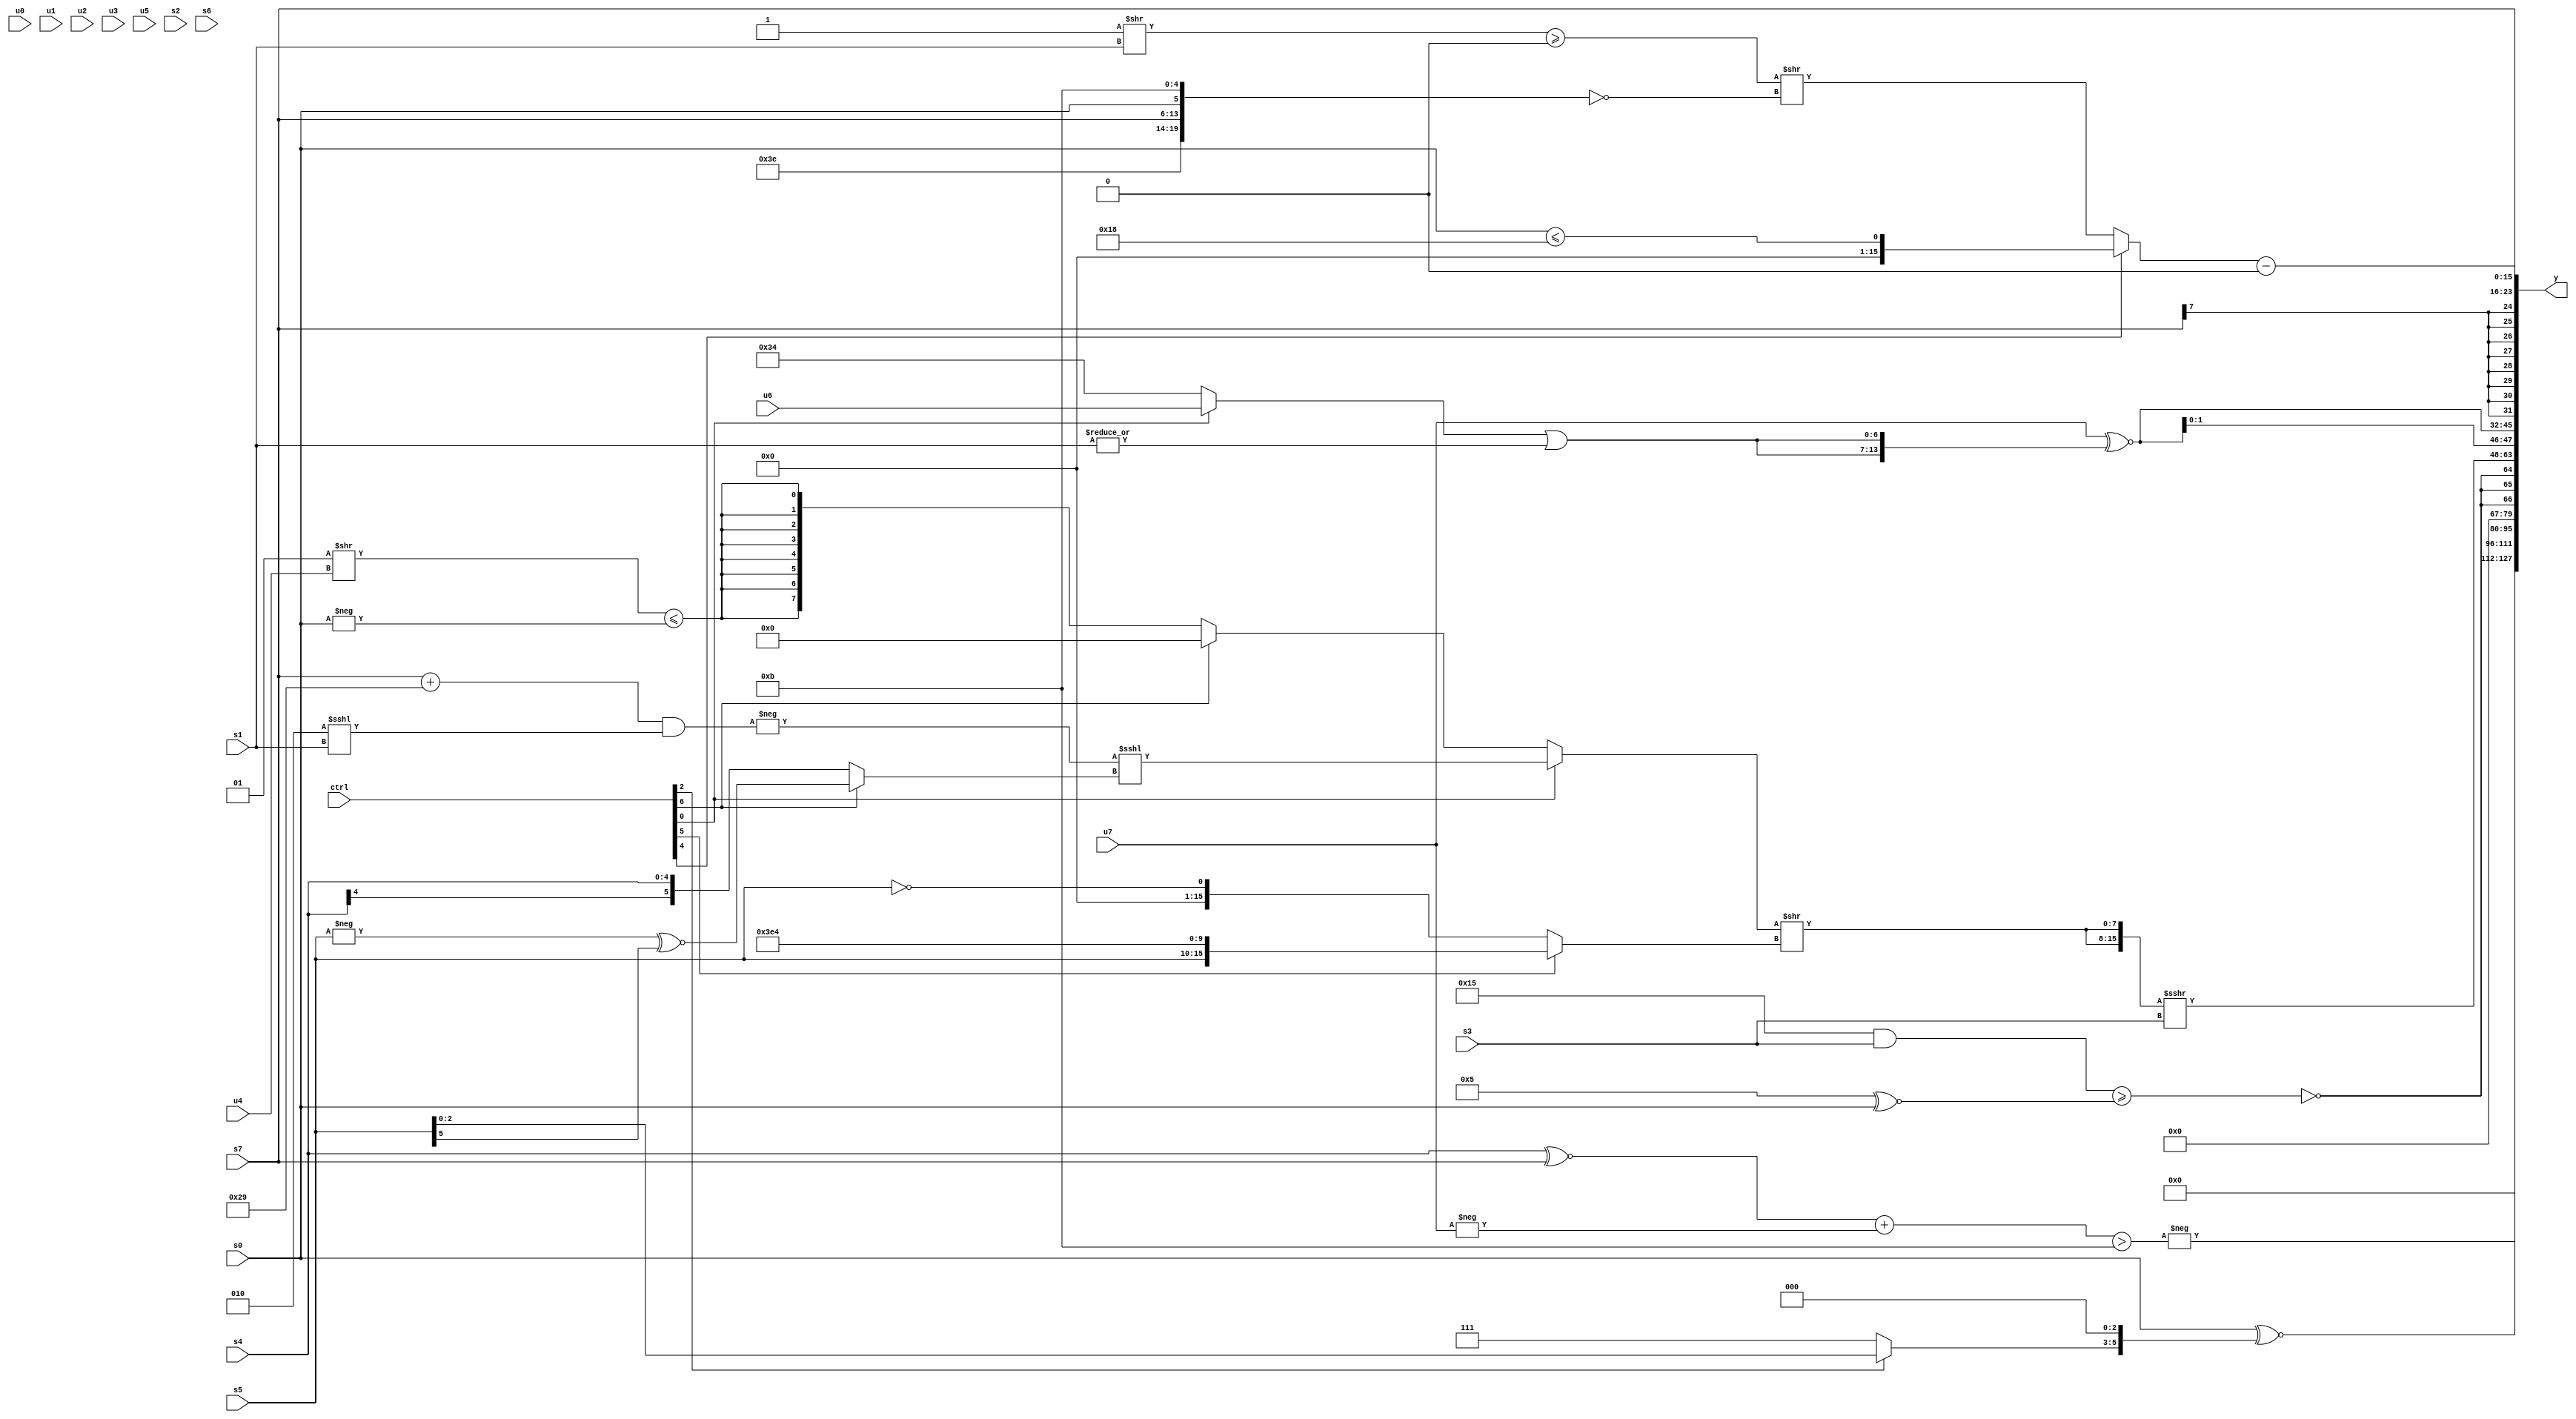
module wideexpr_00307(ctrl, u0, u1, u2, u3, u4, u5, u6, u7, s0, s1, s2, s3, s4, s5, s6, s7, y);
  input [7:0] ctrl;
  input [0:0] u0;
  input [1:0] u1;
  input [2:0] u2;
  input [3:0] u3;
  input [4:0] u4;
  input [5:0] u5;
  input [6:0] u6;
  input [7:0] u7;
  input signed [0:0] s0;
  input signed [1:0] s1;
  input signed [2:0] s2;
  input signed [3:0] s3;
  input signed [4:0] s4;
  input signed [5:0] s5;
  input signed [6:0] s6;
  input signed [7:0] s7;
  output [127:0] y;
  wire [15:0] y0;
  wire [15:0] y1;
  wire [15:0] y2;
  wire [15:0] y3;
  wire [15:0] y4;
  wire [15:0] y5;
  wire [15:0] y6;
  wire [15:0] y7;
  assign y = {y0,y1,y2,y3,y4,y5,y6,y7};
  assign y0 = {3{|((((s5)>>>(6'sb001010))<<<((ctrl[5]?4'sb0011:1'b0)))>>(5'b11101))}};
  assign y1 = +(-(($signed($signed(((s4)^~(s7))+(-(u7)))))>(6'sb001011)));
  assign y2 = ($signed(s0))^~($signed(((ctrl[2]?s5:+(3'sb111)))<<(5'sb00011)));
  assign y3 = {3{-(~|(((5'sb10101)&(s3))>=(($signed(4'sb0101))^~(s0))))}};
  assign y4 = ({2{((ctrl[0]?($signed(-(((s7)+(6'sb101001))&((4'sb0010)<<<(s1)))))<<<($signed((ctrl[6]?(-(s5))^~((s5)>>>(4'sb1000)):s4))):(ctrl[6]?(+(s4))<<<($unsigned(+((1'sb1)+(6'b111011)))):$signed(($signed((2'sb01)>>(u4)))<=(-(s0))))))>>((ctrl[5]?{s5,(ctrl[4]?5'sb11111:$signed({4{1'sb1}})),5'sb00100}:!(s5)))}})>>>(s3);
  assign y5 = {1{$signed({3{(u7)^~({2{$signed(((ctrl[0]?u6:6'b110100))|(|(s1)))}})}})}};
  assign y6 = $signed(s7);
  assign y7 = ((ctrl[4]?(s0)<=(6'sb011000):(((-(^(2'b10)))>>(s1))>=(1'sb0))>>($signed($signed(!({6'b111110,s7,s0,5'b01011}))))))-(~^(1'sb1));
endmodule